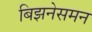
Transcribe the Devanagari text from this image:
बिझनेसमन